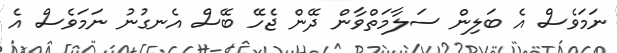
ނަމަވެސް އެ ބަލިން ސަލާމަތްވާން ދޭން ޖެހޭ ބޭސް އެނގުނު ނަމަވެސް އެ